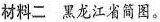
材料二黑龙江省简图。